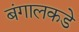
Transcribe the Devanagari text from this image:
बंगालकडे